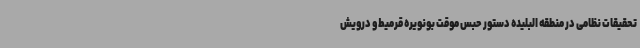
تحقیقات نظامی در منطقه البلیده دستور حبس موقت بونویره قرمیط و درویش